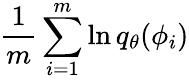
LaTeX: \frac{1}{m}\sum_{i=1}^{m}\ln q_{\theta}(\phi_{i})